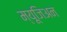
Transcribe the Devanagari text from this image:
म्यूजिअन